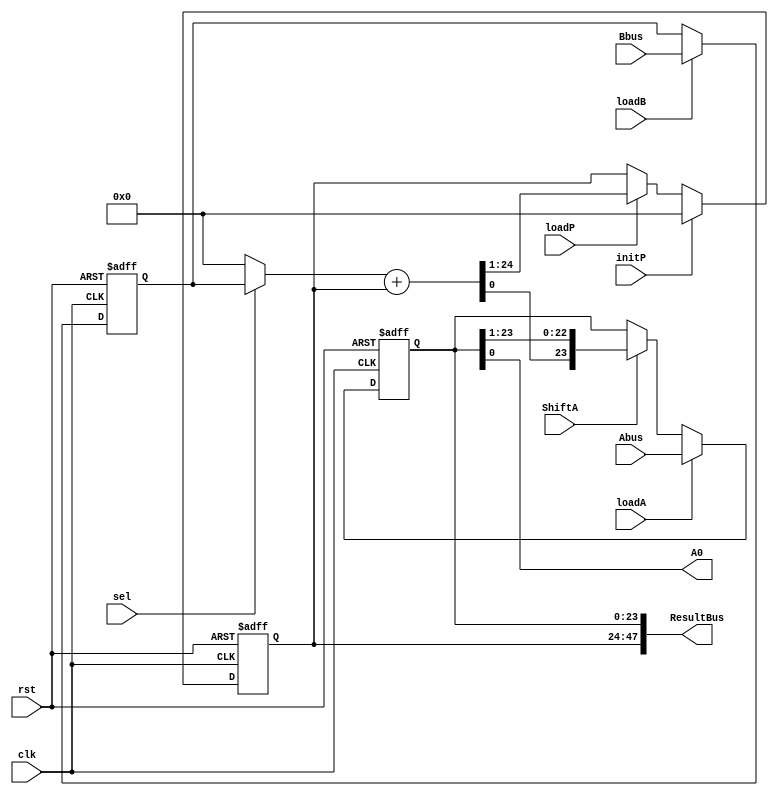
`timescale 1ns/1ns
module SeqMult(input [23:0] Bbus, input [23:0] Abus, input clk, rst, loadA, ShiftA, loadP, loadB, initP, sel, output [47:0] ResultBus, output A0);
reg [23:0] Areg, Breg, Preg;
wire [24:0] AddBus;
wire [23:0] MuxBus;

	always @(posedge clk, posedge rst) begin
		if (rst)
			Breg <= 24'b0;
		else
			if (loadB)
				Breg <= Bbus;
	end

	always @(posedge clk, posedge rst) begin
		if (rst)
			Preg <= 24'b0;
		else begin
			if (initP)
				Preg <= 24'b0;
			else
				if (loadP)
					Preg <= AddBus[24:1];
		end
	end

	always @(posedge clk, posedge rst) begin
		if (rst)
			Areg <= 24'b0;
		else begin
			if (loadA)
				Areg <= Abus;
			else
				if (ShiftA)
					Areg <= {AddBus[0], Areg[23:1]};
		end
	end

	assign MuxBus = sel ? Breg: 24'b0;
	assign AddBus = MuxBus + Preg;
	assign ResultBus = {Preg, Areg};
	assign 	A0 = Areg[0];


endmodule